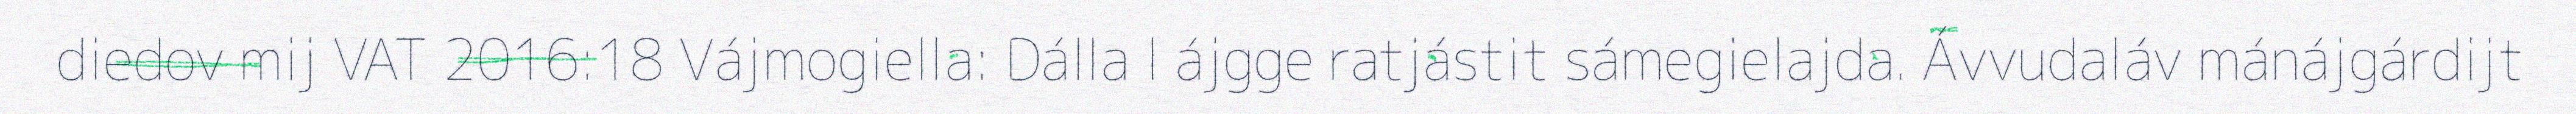
diedov mij VAT 2016:18 Vájmogiella: Dálla l ájgge ratjástit sámegielajda. Ávvudaláv mánájgárdijt